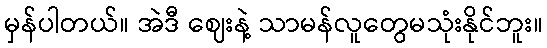
မှန်ပါတယ်။ အဲဒီ ဈေးနဲ့ သာမန်လူတွေမသုံးနိုင်ဘူး။